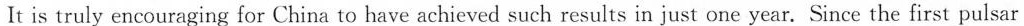
It is truly encouraging for China to have achieved such results in just one year. Since the first pulsar